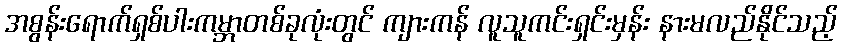
အစွန်းရောက်ရှစ်ပါးကမ္ဘာတစ်ခုလုံးတွင် ကျားကန် လူသူကင်းရှင်းမှန်း နားမလည်နိုင်သည့်